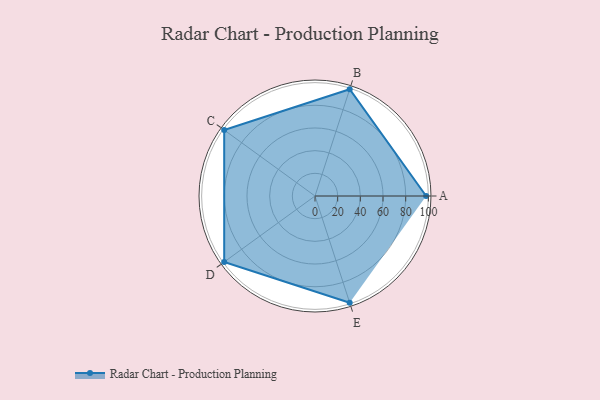
{"axis": {"x": "Skill", "y": "Score"}, "legend": ["Profile"], "data": [{"x": "A", "y": 98.0, "type": "Profile"}, {"x": "B", "y": 99, "type": "Profile"}, {"x": "C", "y": 99, "type": "Profile"}, {"x": "D", "y": 99, "type": "Profile"}, {"x": "E", "y": 99, "type": "Profile"}]}